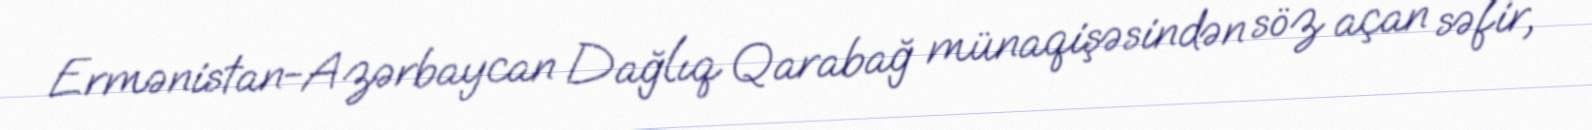
Ermənistan-Azərbaycan Dağlıq Qarabağ münaqişəsindən söz açan səfir,